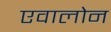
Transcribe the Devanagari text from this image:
एवालोन